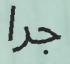
جرا